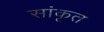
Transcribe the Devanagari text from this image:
सांकृत